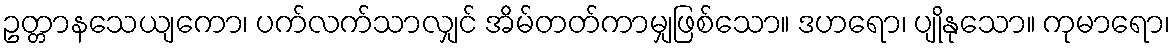
ဥတ္တာနသေယျကော၊ ပက်လက်သာလျှင် အိမ်တတ်ကာမျှဖြစ်သော။ ဒဟရော၊ ပျိုနုသော။ ကုမာရော၊